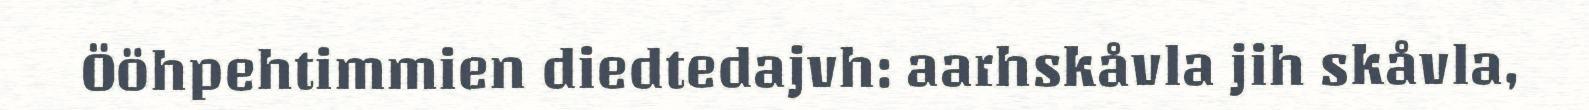
Ööhpehtimmien diedtedajvh: aarhskåvla jih skåvla,